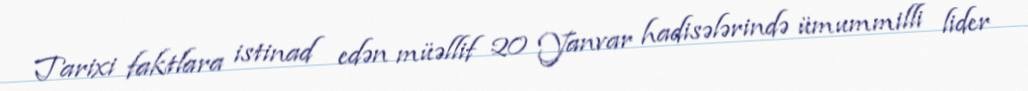
Tarixi faktlara istinad edən müəllif 20 Yanvar hadisələrində ümummilli lider